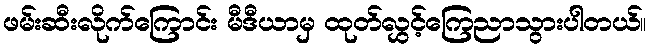
ဖမ်းဆီးလိုက်ကြောင်း မီဒီယာမှ ထုတ်လွှင့်ကြေညာသွားပါတယ်။